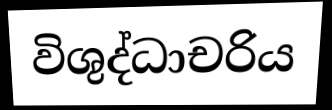
විශුද්ධාචරිය